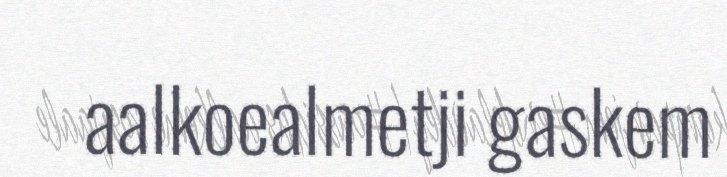
aalkoealmetji gaskem